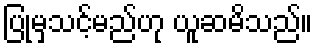
ပြုမှသင့်မည်ဟု ယူဆမိသည်။